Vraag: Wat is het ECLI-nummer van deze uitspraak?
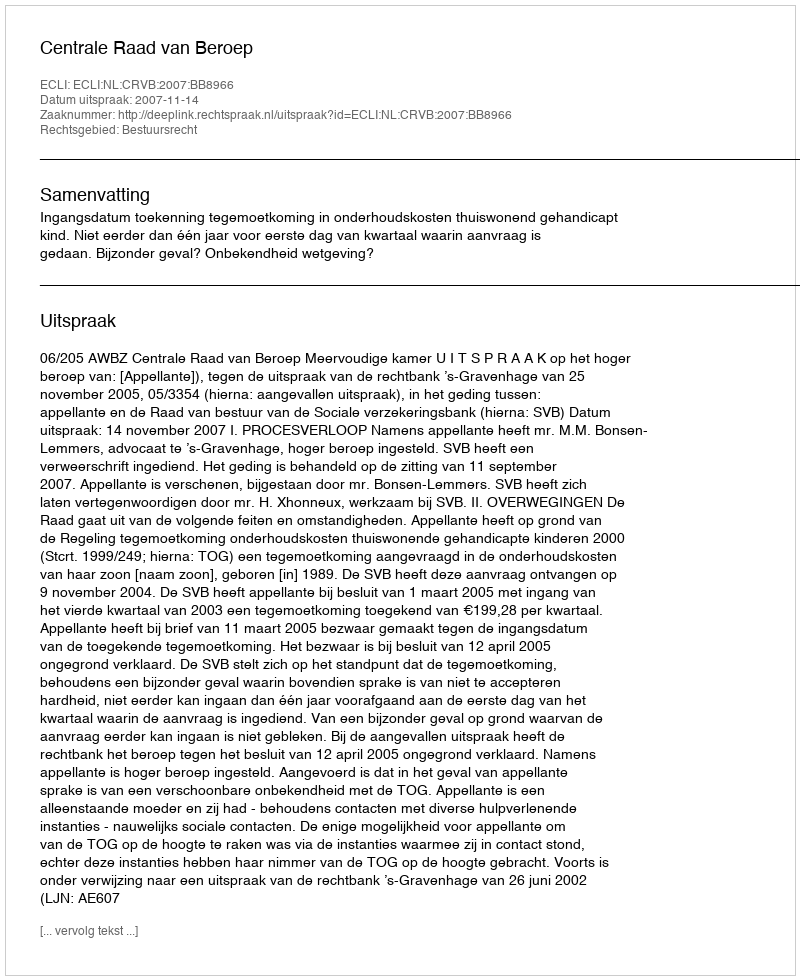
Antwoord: ECLI:NL:CRVB:2007:BB8966